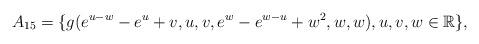
LaTeX: \begin{align*} A_{15}=\{g(e^{u-w}-e^{u}+v,u,v,e^{w}-e^{w-u}+w^{2},w,w), u,v,w \in \mathbb R\}, \end{align*}